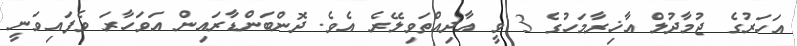
އަހަރުގެ ޖުމާދުލް އާޚިރާމަހުގެ 3 ވީ އާދިއްތަވިލޭރެ އެވެ. ދޮންބަންޑާރައިން އަވަހާރަ ވެފައިވަނީ